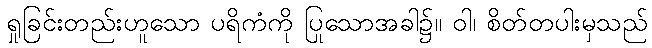
ရှုခြင်းတည်းဟူသော ပရိကံကို ပြုသောအခါ၌။ ဝါ၊ စိတ်တပါးမှသည်